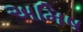
અમિષ